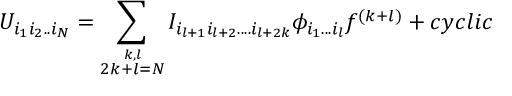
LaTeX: U _ { i _ { 1 } i _ { 2 } . . i _ { N } } = \sum _ { \stackrel { k , l } { 2 k + l = N } } I _ { i _ { l + 1 } i _ { l + 2 } . . . . i _ { l + 2 k } } \phi _ { i _ { 1 } . . . i _ { l } } f ^ { ( k + l ) } + c y c l i c